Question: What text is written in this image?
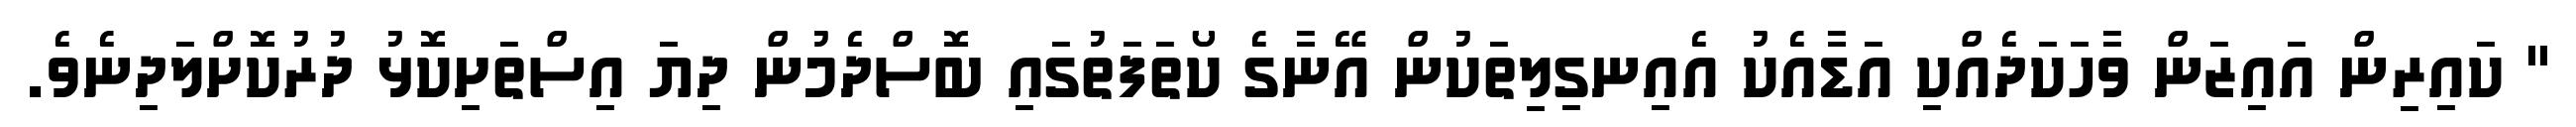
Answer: " ކައިރިން އައިޒަން ވާހަކަދެއްކި އަޑާއެކު އެއިނގިލިތަކުން އޭނާގެ ކޯތަފަތުގައި ބޮސްދެމުން ދިޔަ އިސްތަށިކޮޅު ދުރުކޮށްލަދިނެވެ.